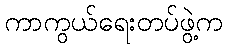
ကာကွယ်ရေးတပ်ဖွဲ့က